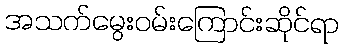
အသက်မွေးဝမ်းကြောင်းဆိုင်ရာ